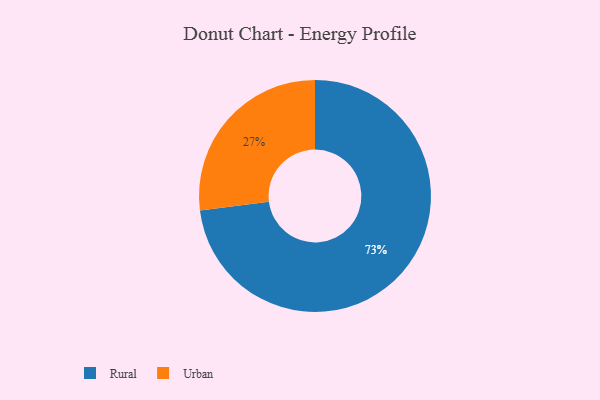
{"axis": {"x": "Category", "y": "Percentage"}, "legend": ["Rural", "Urban"], "data": [{"x": "Rural", "y": 73, "type": "Rural"}, {"x": "Urban", "y": 27, "type": "Urban"}]}